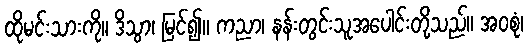
ထိုမင်းသားကို။ ဒိသွာ၊ မြင်၍။ ကညာ၊ နန်းတွင်းသူအပေါင်းတို့သည်။ အဝစုံ၊